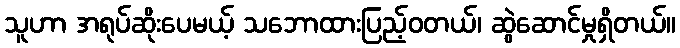
သူဟာ အရုပ်ဆိုးပေမယ့် သဘောထားပြည့်ဝတယ်၊ ဆွဲဆောင်မှုရှိတယ်။